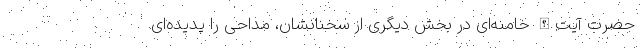
حضرت آیت‌الله خامنه‌ای در بخش دیگری از سخنانشان، مداحی را پدیده‌ای